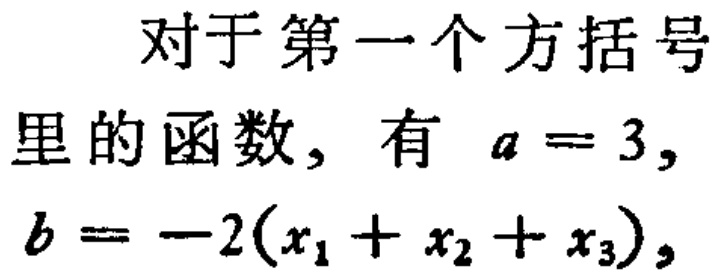
对于第一个方括号里的函数，有 \(a = 3\)，\(b = -2(x_1 + x_2 + x_3)\)，